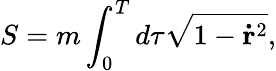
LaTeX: S=m\int_{0}^{T}d\tau\sqrt{1-\mathbf{\dot{r}}^{2}},